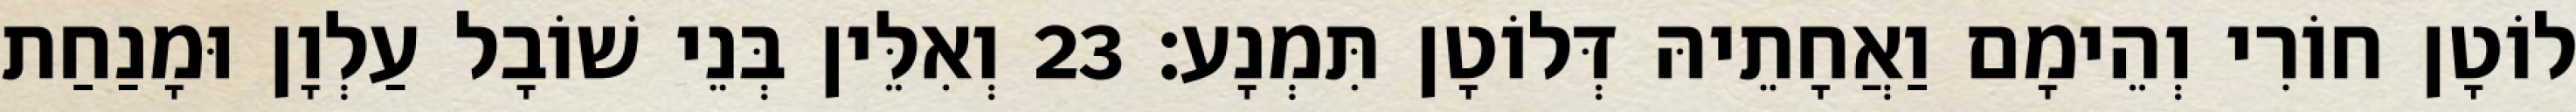
לוֹטָן חוֹרִי וְהֵימָם וַאֲחָתֵיהּ דְּלוֹטָן תִּמְנָע׃ 23 וְאִלֵּין בְּנֵי שׁוֹבָל עַלְוָן וּמָנַחַת